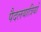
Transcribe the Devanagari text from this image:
पैदलयात्रियों